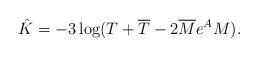
LaTeX: \begin{align*}\hat K = -3\log(T+\overline T - 2\overline M e^A M).\end{align*}